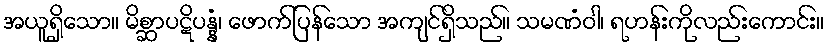
အယူရှိသော။ မိစ္ဆာပဋိပန္နံ၊ ဖောက်ပြန်သော အကျင်ရှိသည်။ သမဏံဝါ၊ ရဟန်းကိုလည်းကောင်း။